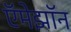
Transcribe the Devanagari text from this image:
ऍमेझॉन